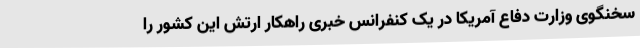
سخنگوی وزارت دفاع آمریکا در یک کنفرانس خبری راهکار ارتش این کشور را